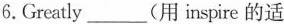
6.Greatly___(用 inspire 的适